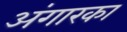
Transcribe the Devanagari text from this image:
अंगारका